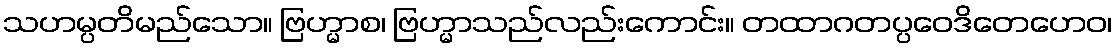
သဟမ္ပတိမည်သော။ ဗြဟ္မာစ၊ ဗြဟ္မာသည်လည်းကောင်း။ တထာဂတပ္ပဝေဒိတေဟေဝ၊